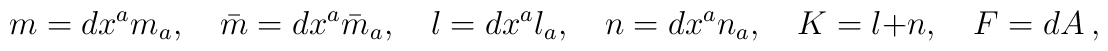
m= dx^a m_a,\quad  \bar m= dx^a \bar m_a,\quad  l= dx^a l_a,\quad  n= dx^a n_a,\quad K = l+n, \quad F = dA \ ,